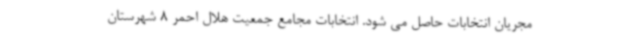
مجریان انتخابات حاصل می شود. انتخابات مجامع جمعیت هلال احمر 8 شهرستان